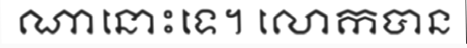
ណានោះទេ។ លោកបាន